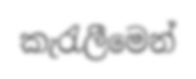
කැරැලීමෙන්